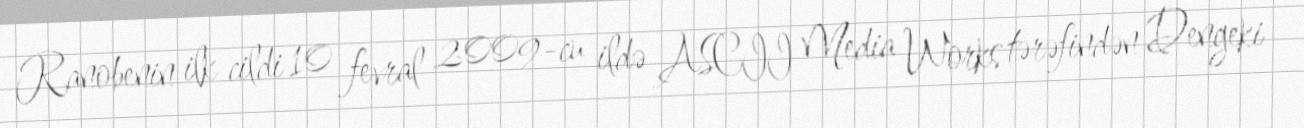
Ranobenin ilk cildi 10 fevral 2009-cu ildə ASCII Media Works tərəfindən Dengeki